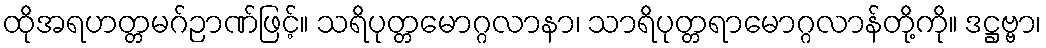
ထိုအရဟတ္တမဂ်ဉာဏ်ဖြင့်။ သရိပုတ္တမောဂ္ဂလာနာ၊ သာရိပုတ္တရာမောဂ္ဂလာန်တို့ကို။ ဒဋ္ဌဗ္ဗာ၊